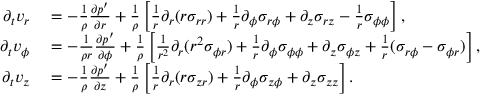
\begin{array} { r l } { \partial _ { t } v _ { r } } & { { } = - \frac { 1 } { \rho } \frac { \partial p ^ { \prime } } { \partial r } + \frac { 1 } { \rho } \left[ \frac { 1 } { r } \partial _ { r } ( r \sigma _ { r r } ) + \frac { 1 } { r } \partial _ { \phi } \sigma _ { r \phi } + \partial _ { z } \sigma _ { r z } - \frac { 1 } { r } \sigma _ { \phi \phi } \right] , } \\ { \partial _ { t } v _ { \phi } } & { { } = - \frac { 1 } { \rho r } \frac { \partial p ^ { \prime } } { \partial \phi } + \frac { 1 } { \rho } \left[ \frac { 1 } { r ^ { 2 } } \partial _ { r } ( r ^ { 2 } \sigma _ { \phi r } ) + \frac { 1 } { r } \partial _ { \phi } \sigma _ { \phi \phi } + \partial _ { z } \sigma _ { \phi z } + \frac { 1 } { r } ( \sigma _ { r \phi } - \sigma _ { \phi r } ) \right] , } \\ { \partial _ { t } v _ { z } } & { { } = - \frac { 1 } { \rho } \frac { \partial p ^ { \prime } } { \partial z } + \frac { 1 } { \rho } \left[ \frac { 1 } { r } \partial _ { r } ( r \sigma _ { z r } ) + \frac { 1 } { r } \partial _ { \phi } \sigma _ { z \phi } + \partial _ { z } \sigma _ { z z } \right] . } \end{array}